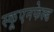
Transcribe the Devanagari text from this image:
स्कूएनफेल्ड